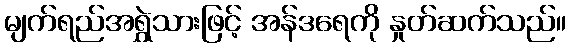
မျက်ရည်အရွှဲသားဖြင့် အန်ဒရေကို နှုတ်ဆက်သည်။